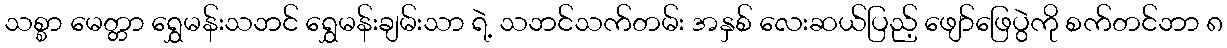
သစ္စာ မေတ္တာ ရွှေမန်းသဘင် ရွှေမန်းချမ်းသာ ရဲ့ သဘင်သက်တမ်း အနှစ် လေးဆယ်ပြည့် ဖျော်ဖြေပွဲကို စက်တင်ဘာ ၈